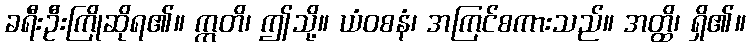
ခရီးဦးကြိုဆိုရ၏။ ဣတိ၊ ဤသို့။ ယံဝစနံ၊ အကြင်စကားသည်။ အတ္ထိ၊ ရှိ၏။